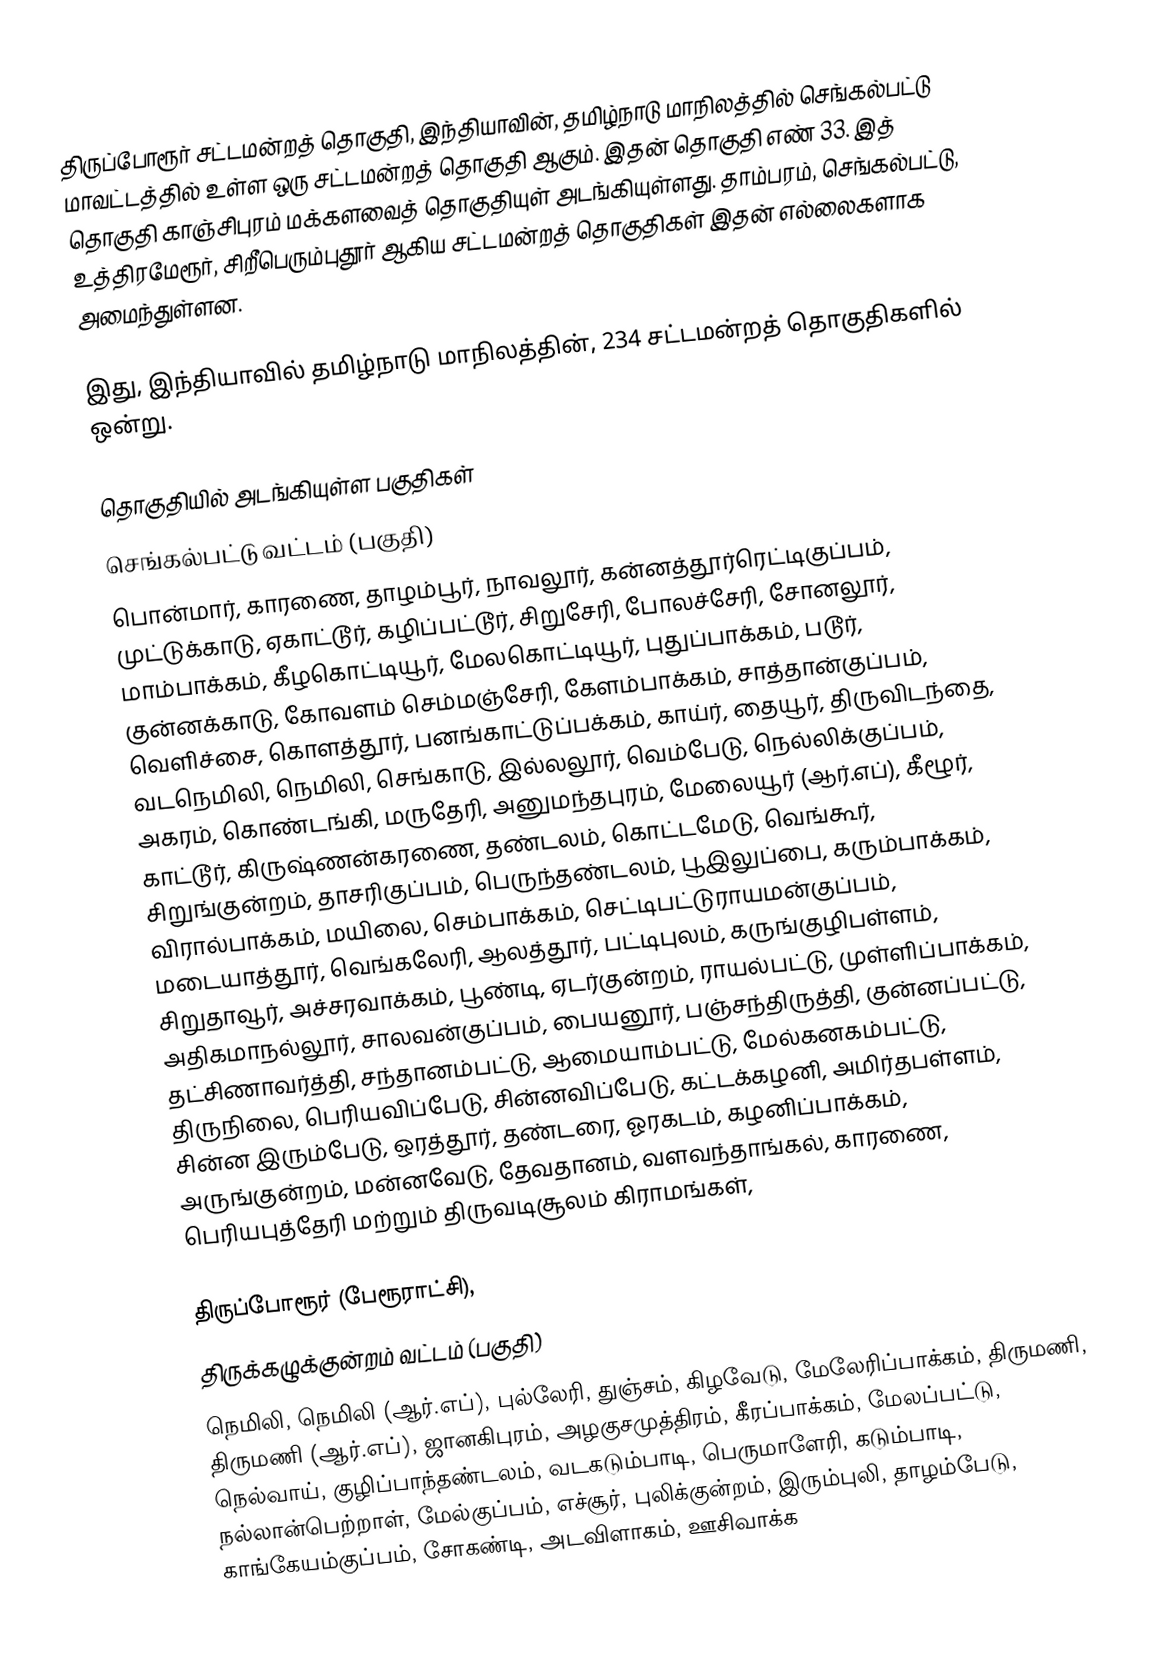
திருப்போரூர் சட்டமன்றத் தொகுதி, இந்தியாவின், தமிழ்நாடு மாநிலத்தில்  செங்கல்பட்டு மாவட்டத்தில் உள்ள ஒரு சட்டமன்றத் தொகுதி ஆகும். இதன் தொகுதி எண் 33. இத் தொகுதி காஞ்சிபுரம் மக்களவைத் தொகுதியுள் அடங்கியுள்ளது. தாம்பரம், செங்கல்பட்டு, உத்திரமேரூர், சிறீபெரும்புதூர் ஆகிய சட்டமன்றத் தொகுதிகள் இதன் எல்லைகளாக அமைந்துள்ளன.

இது, இந்தியாவில் தமிழ்நாடு மாநிலத்தின், 234 சட்டமன்றத் தொகுதிகளில் ஒன்று.

தொகுதியில் அடங்கியுள்ள பகுதிகள்
செங்கல்பட்டு வட்டம் (பகுதி)
பொன்மார், காரணை, தாழம்பூர், நாவலூர், கன்னத்தூர்ரெட்டிகுப்பம், முட்டுக்காடு, ஏகாட்டூர், கழிப்பட்டூர், சிறுசேரி, போலச்சேரி, சோனலூர், மாம்பாக்கம், கீழகொட்டியூர், மேலகொட்டியூர், புதுப்பாக்கம், படூர், குன்னக்காடு, கோவளம் செம்மஞ்சேரி, கேளம்பாக்கம், சாத்தான்குப்பம், வெளிச்சை, கொளத்தூர், பனங்காட்டுப்பக்கம், காய்ர், தையூர், திருவிடந்தை, வடநெமிலி, நெமிலி, செங்காடு, இல்லலூர், வெம்பேடு, நெல்லிக்குப்பம், அகரம், கொண்டங்கி, மருதேரி, அனுமந்தபுரம், மேலையூர் (ஆர்.எப்), கீழூர், காட்டூர், கிருஷ்ணன்கரணை, தண்டலம், கொட்டமேடு, வெங்கூர், சிறுங்குன்றம், தாசரிகுப்பம், பெருந்தண்டலம், பூஇலுப்பை, கரும்பாக்கம், விரால்பாக்கம், மயிலை, செம்பாக்கம், செட்டிபட்டுராயமன்குப்பம், மடையாத்தூர், வெங்கலேரி, ஆலத்தூர், பட்டிபுலம், கருங்குழிபள்ளம், சிறுதாவூர், அச்சரவாக்கம், பூண்டி, ஏடர்குன்றம், ராயல்பட்டு, முள்ளிப்பாக்கம், அதிகமாநல்லூர், சாலவன்குப்பம், பையனூர், பஞ்சந்திருத்தி, குன்னப்பட்டு, தட்சிணாவர்த்தி, சந்தானம்பட்டு, ஆமையாம்பட்டு, மேல்கனகம்பட்டு, திருநிலை, பெரியவிப்பேடு, சின்னவிப்பேடு, கட்டக்கழனி, அமிர்தபள்ளம், சின்ன இரும்பேடு, ஒரத்தூர், தண்டரை, ஓரகடம், கழனிப்பாக்கம், அருங்குன்றம், மன்னவேடு, தேவதானம், வளவந்தாங்கல், காரணை, பெரியபுத்தேரி மற்றும் திருவடிசூலம் கிராமங்கள்,

திருப்போரூர் (பேரூராட்சி),
திருக்கழுக்குன்றம் வட்டம் (பகுதி)
நெமிலி, நெமிலி (ஆர்.எப்), புல்லேரி, துஞ்சம், கிழவேடு, மேலேரிப்பாக்கம், திருமணி, திருமணி (ஆர்.எப்), ஜானகிபுரம், அழகுசமுத்திரம், கீரப்பாக்கம், மேலப்பட்டு, நெல்வாய், குழிப்பாந்தண்டலம், வடகடும்பாடி, பெருமாளேரி, கடும்பாடி, நல்லான்பெற்றாள், மேல்குப்பம், எச்சூர், புலிக்குன்றம், இரும்புலி, தாழம்பேடு, காங்கேயம்குப்பம், சோகண்டி, அடவிளாகம், ஊசிவாக்க